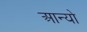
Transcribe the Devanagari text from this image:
आन्‍यो